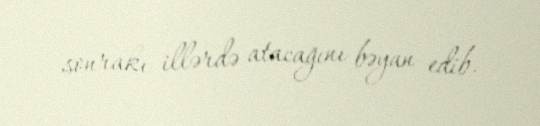
sonrakı illərdə atacağını bəyan edib.